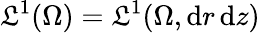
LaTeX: \mathfrak{L}^{1}(\Omega)=\mathfrak{L}^{1}(\Omega,\mathrm{{d}}r\, \mathrm{{d}}z)